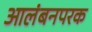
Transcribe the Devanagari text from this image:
आलंबनपरक